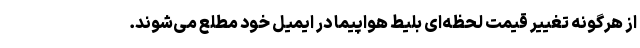
از هرگونه تغییر قیمت لحظه‌ای بلیط هواپیما در ایمیل خود مطلع می‌شوند.